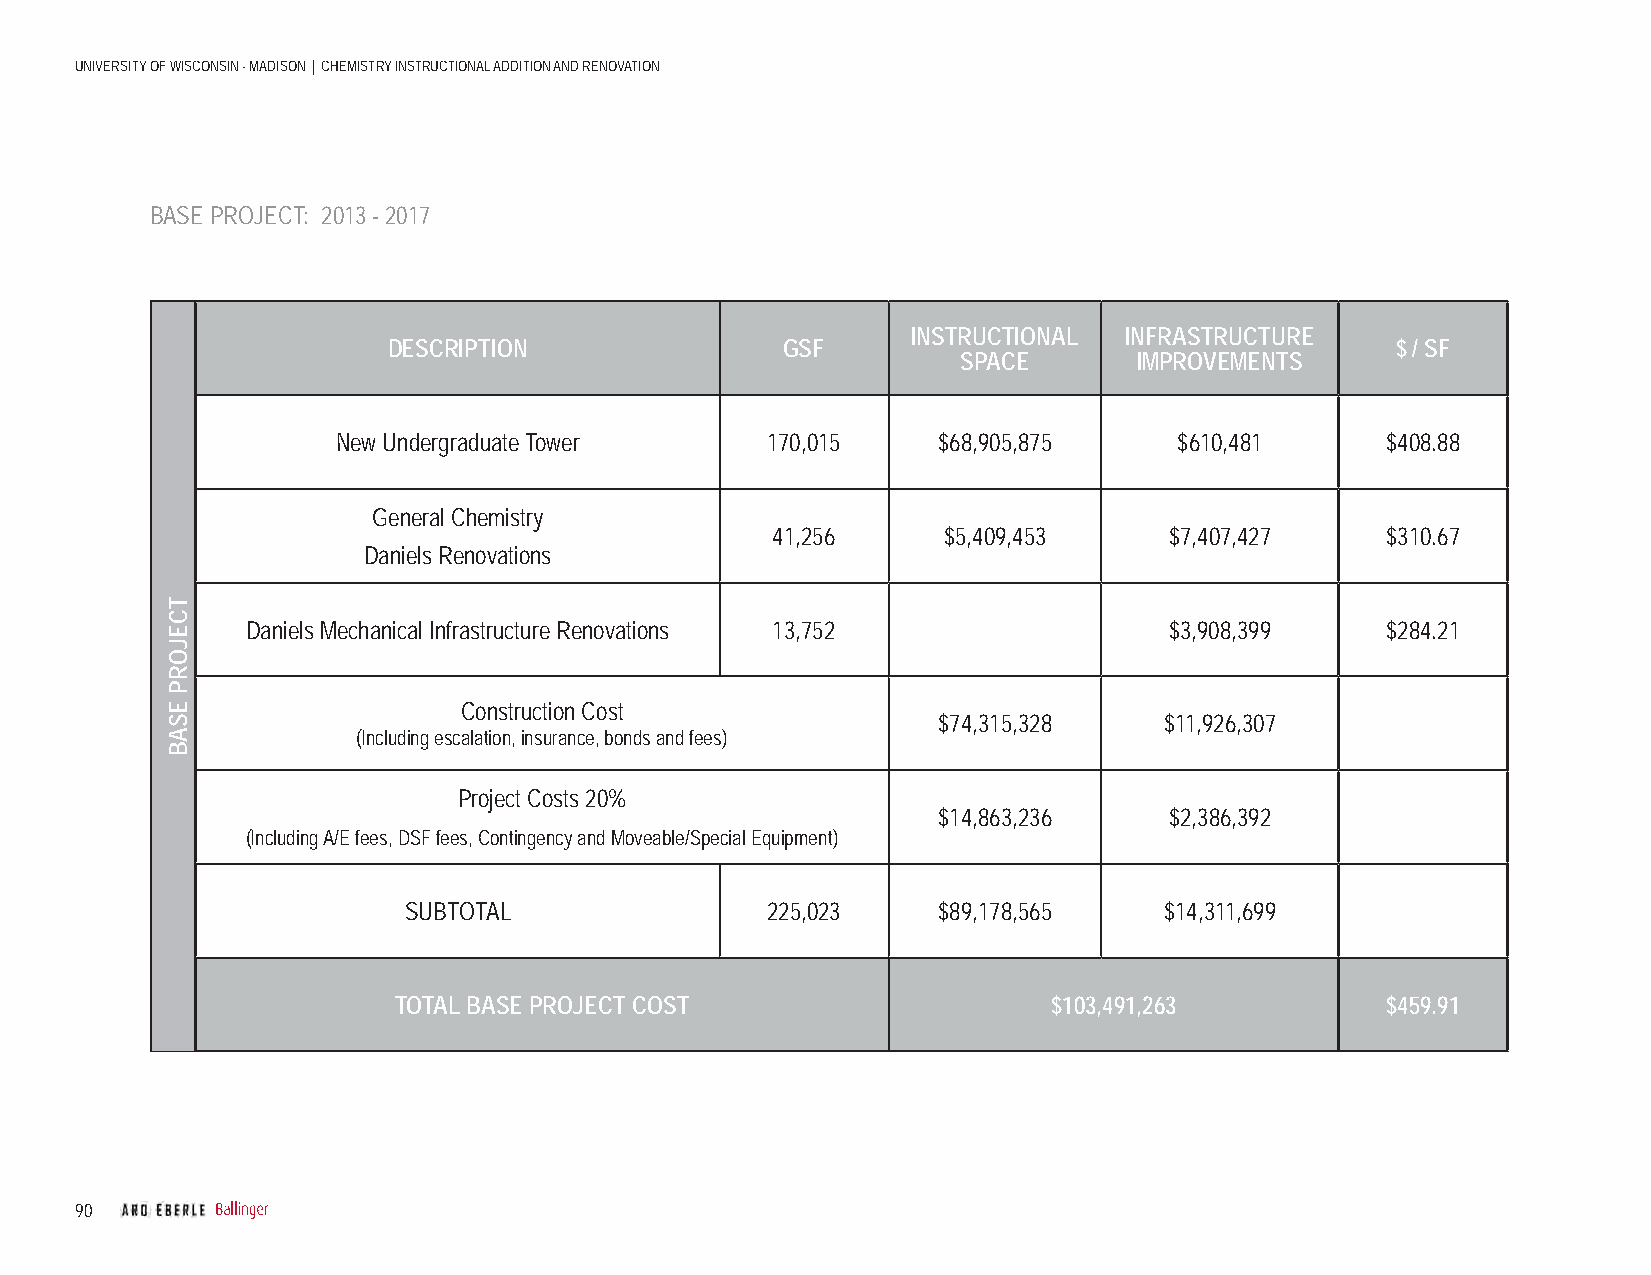
UNIVERSITY OF WISCONSIN - MADISON | CHEMISTRY INSTRUCTIONAL ADDITION AND RENOVATION
 BASE PROJECT: 2013 - 2017
 INSTRUCTIONAL INFRASTRUCTURE
 DESCRIPTION               GSF                                     $ / SF
 SPACE      IMPROVEMENTS
 New Undergraduate Tower      170,015    $68,905,875     $610,481      $408.88
 General Chemistry
 41,256     $5,409,453     $7,407,427     $310.67
 Daniels Renovations
 Daniels Mechanical Infrastructure Renovations 13,752         $3,908,399     $284.21
 Construction Cost
 $74,315,328    $11,926,307
 (Including escalation, insurance, bonds and fees)
 Project Costs 20%
 $14,863,236    $2,386,392
 (Including A/E fees, DSF fees, Contingency and Moveable/Special Equipment)
 SUBTOTAL                225,023    $89,178,565    $14,311,699
 TOTAL BASE PROJECT COST                     $103,491,263          $459.91
 90
 TCEJORP
 ESAB